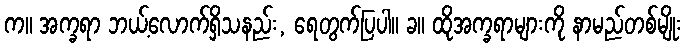
က။ အက္ခရာ ဘယ့်လောက်ရှိသနည်း, ရေတွက်ပြပါ။ ခ။ ထိုအက္ခရာများကို နာမည်တစ်မျိုး